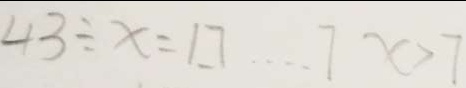
4 3 \div x = 1 7 \cdots 7 x > 7